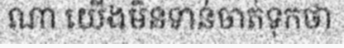
ណា យើងមិនទាន់ចាត់ទុកថា